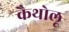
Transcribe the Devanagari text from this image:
कैथोलू